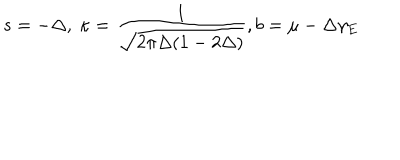
LaTeX: s = - \Delta , \ \kappa = \frac { 1 } { \sqrt { 2 \pi \Delta ( 1 - 2 \Delta ) } } , b = \mu - \Delta \gamma _ { E }